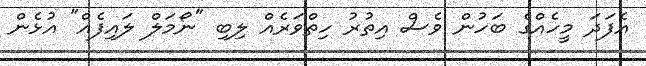
އެފަދަ މީހެއްގެ ބަހުން ވެސް އިތުރު ހިތްވަރެއް ލިބި "ނޯމަލް ލައިފެއް" އުޅެން